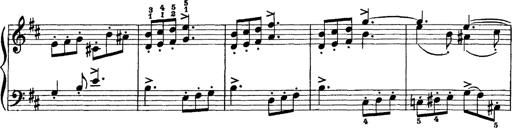
Title: Scherzo und Marsch
Composer: Franz Liszt